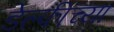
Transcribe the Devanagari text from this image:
डेल्फीच्या